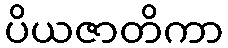
ပိယဇာတိကာ